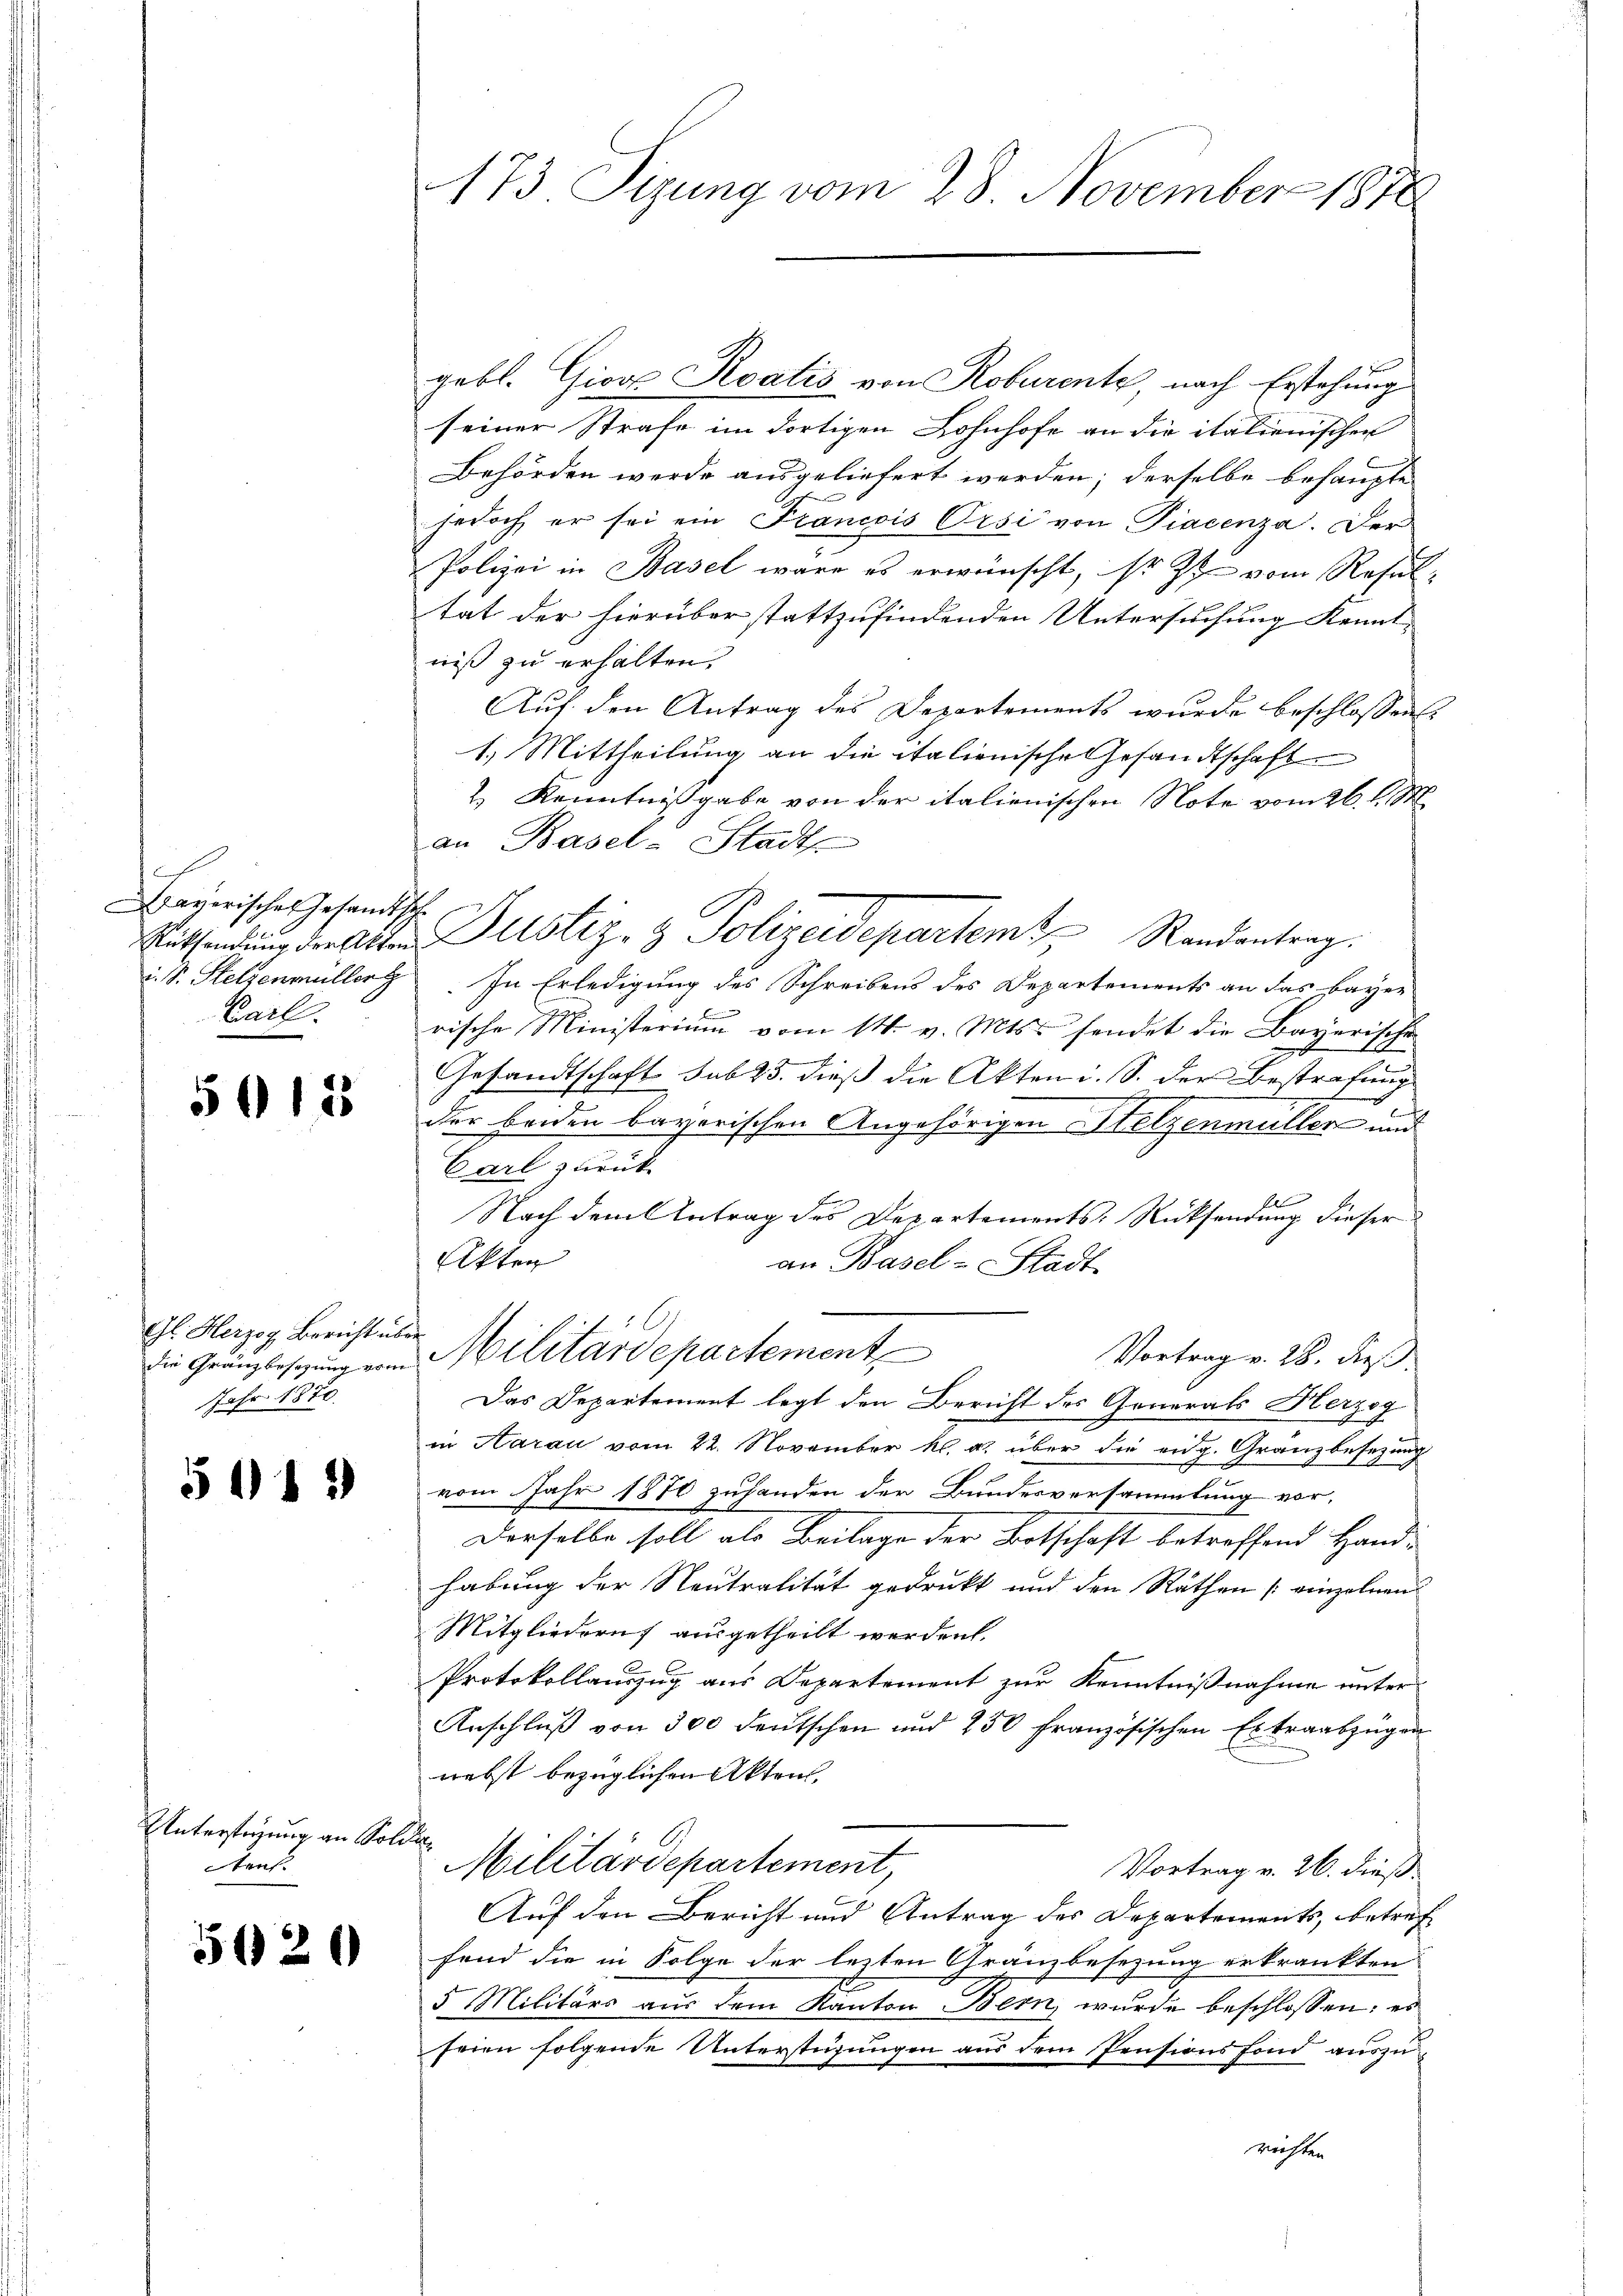
u
averisches Gesandtsch
Carl.

50125

Gl. Herzog Bericht über
Jahr 1870.

513)

Untersterung an Solder
Arnt.

5120

gebl. Giov Roatis von Roburente, nach Erstehung
seiner Strafe im dortigen Lohnhofe an die italienischen
Behörden werde ausgeliefert werden; derselbe behaupte
jedoch er sei ein Francois Orsi von Fiacenza. Der
Polizei in Basel wäre es erwünscht, so z. vom Resultat der hierüber stattzufindenden Untersuchung Kennt-
niß zu erhalten.
Auf den Antrag des Departements wurde beschlossen:
1.) Mittheilung an die italienische Gesandtschaft
2.) Kenntnißgabe von der italienischen Note vom 26. d. M.
an Basel-Stadt
Rüssendŭng der Akten Justiz- & Polizeidepartem Randantrag.
i. S. Stelzenmüller. In Erledigung des Schreibens des Departements an das bayer
.
rische Ministerium vom 14. v. Mts. sendet die Bayerische
2
Gesandtschaft sub 23. dieß die Akten i. S. der Bestrafung
der beiden bayerischen Angehörigen Hetzenmüller und
Carl zurück
Nach dem Antrag des Departements-Rücksendung dieser
Akten
an Basel-Stadt
die Gränzbesezung von Militärdepartement
Vortrag v. 28. dieß
Das Departement legt den Bericht des Generals Herzog
in Aarau vom 22. November kl. a. über die eidg. Gränzbesetzung
vom Jahr 1870 zuhanden der Bundesversammlung vor,
Derselbe soll als Beilage der Botschaft betreffend Hand-
habung der Neutralität gedrukt und den Räthen [einzelnen
Mitgliedern ausgetheilt werden.
Protokollauszug aus Departement zur Kenntnißnahme unter
Anschluß von 300 deutschen und 250 französischen Extraabzügen
nebst bezüglichen Akten.
Militärdepartement
Vortrag v. 26. dieß.
Auf den Bericht und Antrag des Departements, betreffend die in Folge der lezten Gränzbesezung erkrankten
5 Militärs aus dem Kanton Bern, wurde beschlossen: es
seien folgende Unterstüzungen aus dem Pensionsfond auszureichten

173 Sizung vom 28. November 1876